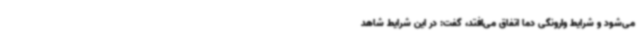
می‌شود و شرایط وارونگی دما اتفاق می‌افتد، گفت: در این شرایط شاهد